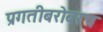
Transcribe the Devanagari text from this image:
प्रगतीबरोबरच